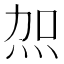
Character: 𭴖